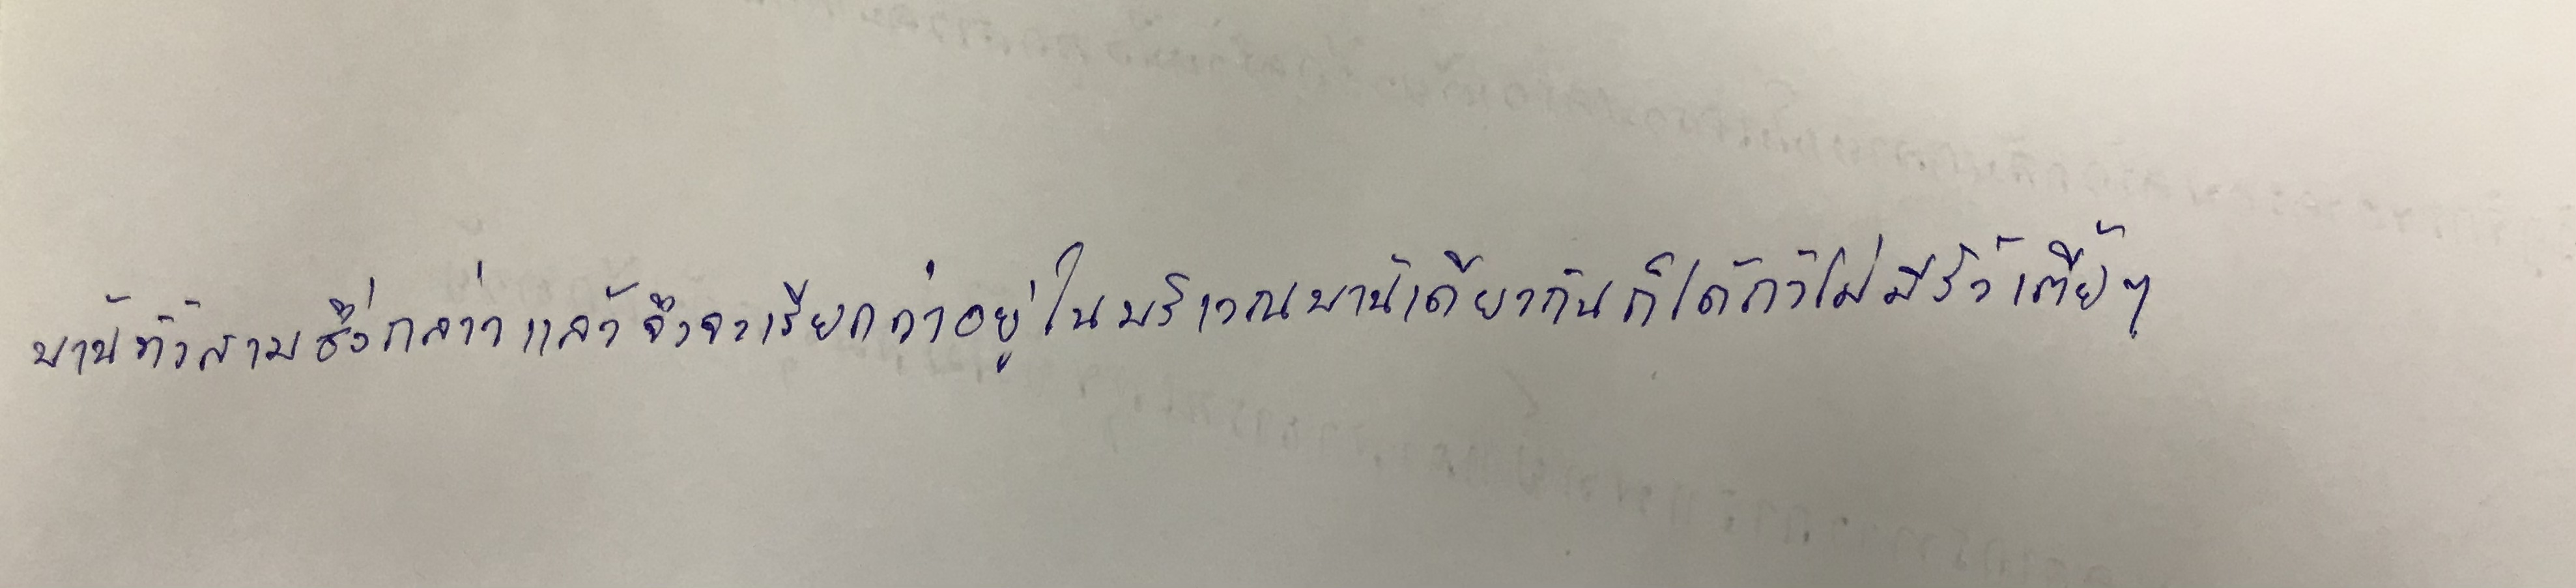
บ้านทั้งสามซึ่งกล่าวแล้วจึงจะเรียกว่าอยู่ในบริเวณบ้านเดียวกันก็ได้ถ้าไม่มีรั้วเตี้ยๆ